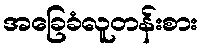
အခြေခံလူတန်းစား